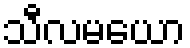
သီလမယော